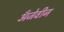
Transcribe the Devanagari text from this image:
अँजेवीन